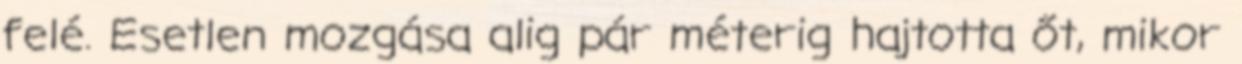
felé. Esetlen mozgása alig pár méterig hajtotta őt, mikor